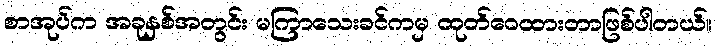
စာအုပ်က အခုနှစ်အတွင်း မကြာသေးခင်ကမှ ထုတ်ဝေထားတာဖြစ်ပါတယ်။